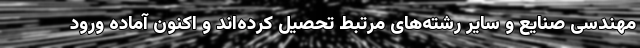
مهندسی صنایع و سایر رشته‌های مرتبط تحصیل کرده‌اند و اکنون آماده ورود